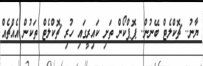
ޔާނު.. ޗޮކްލެޓް ބޭނުން.. ޕޮޕްކޯން ތަށި ކައިރީގައި ހުރި ޗޮކްލެޓް ތަކުން އެއްޗެއް